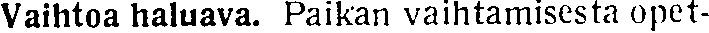
Vaihtoa haluava. Paikan vaihtamisesta opet-